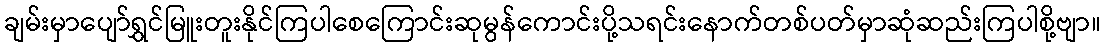
ချမ်းမှာပျော်ရွှင်မြူးတူးနိုင်ကြပါစေကြောင်းဆုမွန်ကောင်းပို့သရင်းနောက်တစ်ပတ်မှာဆုံဆည်းကြပါစို့ဗျာ။